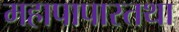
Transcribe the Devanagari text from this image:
महापापास्तथा